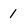
Character: 1